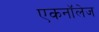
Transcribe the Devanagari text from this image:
एकनॉलेज